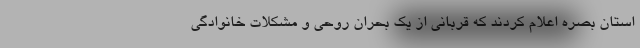
استان بصره اعلام کردند که قربانی از یک بحران روحی و مشکلات خانوادگی